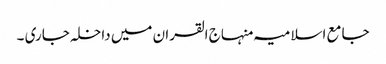
جامع اسلامیہ منہاج القران میں داخلہ جاری ۔